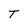
Character: T